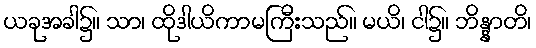
ယခုအခါ၌။ သာ၊ ထိုဒါယိကာမကြီးသည်။ မယိ၊ ငါ၌။ ဘိန္နာတိ၊